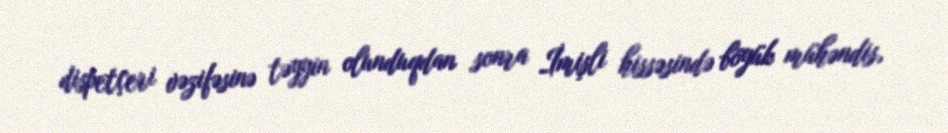
dispetçeri vəzifəsinə təyyin olunduqdan sonra İmişli hissəsində böyük mühəndis,